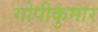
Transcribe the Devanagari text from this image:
गोपीकुमार